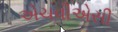
એચવીએસી